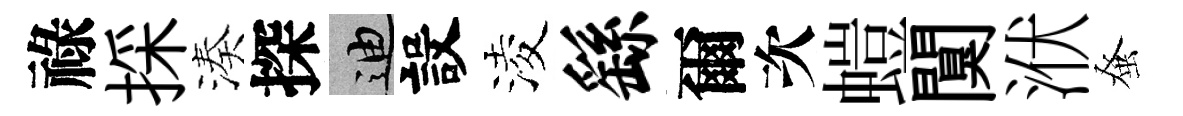
祿採湊探迪設淩繇爾次螘闃洑𫊫